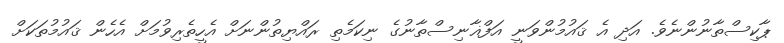
ޕާކިސްތާނުންނެވެ. އަދި އެ ޤައުމުންވަނީ އަފްޣާނިސްތާނުގެ ނިކަމެތި ރައްޔިތުންނަށް އެހީތެރިވުމަށް އެހެން ޤައުމުތަކަށް